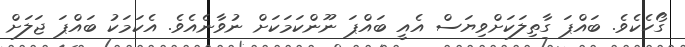
ގޯހެކެވެ. ބައްޕަ ގާތިލަކަށްވިޔަސް އެއީ ބައްޕަ ނޫންކަމަކަށް ނުވާނެއެވެ. އެކަމަކު ބައްޕަ ޖަލަށް